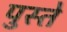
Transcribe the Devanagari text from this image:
पुस्ते